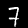
Label: 7